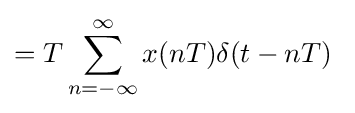
=T\sum _{n=-\infty }^{\infty }x(nT)\delta (t-nT)\